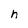
Character: h